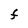
Character: F